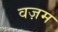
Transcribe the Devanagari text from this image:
वज़म